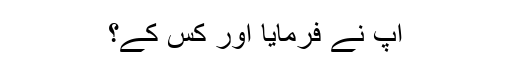
آپؐ نے فرمایا اور کس کے؟